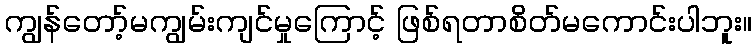
ကျွန်တော့်မကျွမ်းကျင်မှုကြောင့် ဖြစ်ရတာစိတ်မကောင်းပါဘူး။